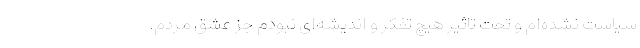
سیاست نشده‌ام و تحت تاثیر هیچ تفکر و اندیشه‌ای نبودم جز عشق مردم.